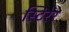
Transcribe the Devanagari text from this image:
स्टिरेर